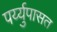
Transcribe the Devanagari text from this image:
पर्य्युपासत